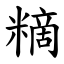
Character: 䊞